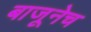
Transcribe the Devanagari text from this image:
बाजूनेच